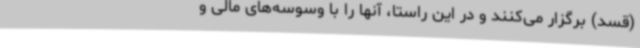
(قسد) برگزار می‌کنند و در این راستا، آنها را با وسوسه‌های مالی و